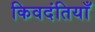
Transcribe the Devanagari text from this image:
किवदंतियाँ